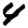
Digit: 4